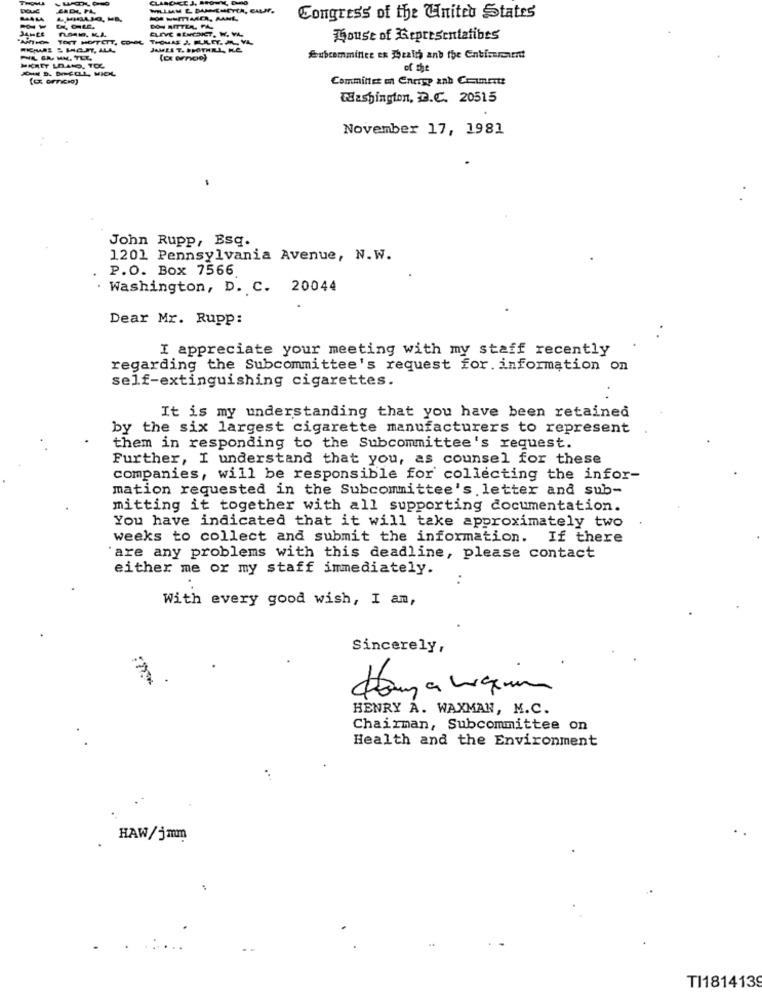
THOM
CLAROCE J.
Douc
MAALA
Congress of the United States
--
CLIVE BENEDICT, W. VA.
DON RITTER, PAA.
ANTHON
TOUT HOFTCTT, COREL
THOMAS J, FUILET. AR, VA.
House of Representafibes
JAMES T. BROTHEL, R.E.
PIL GA- WM. TEL.
Subcommittee es gratis and the Entimmanent
HICRET LOANO, TOL
of the
Committee en Encryp and Crimett
Washington, D.C. 20515
November 17, 1981
John Rupp, Esq.
1201 Pennsylvania Avenue, N.W.
P.O. Box 7566
. Washington, D. C. 20044
Dear Mr. Rupp:
I appreciate your meeting with my staff recently
regarding the Subcommittee's request for information on
self-extinguishing cigarettes.
It is my understanding that you have been retained
by the six largest cigarette manufacturers to represent
them in responding to the Subcommittee's request.
Further, I understand that you, as counsel for these
companies, will be responsible for collecting the infor-
mation requested in the Subcommittee's letter and sub-
mitting it together with all supporting documentation.
You have indicated that it will take approximately two
weeks to collect and submit the information. If there
are any problems with this deadline, please contact
either me or my staff immediately.
With every good wish, I am,
Sincerely,
HENRY A. WAXMAN, M.C.
Chairman, Subcommittee on
Health and the Environment
HAW/jmm
TI1814139